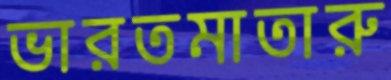
ভারতমাতারু